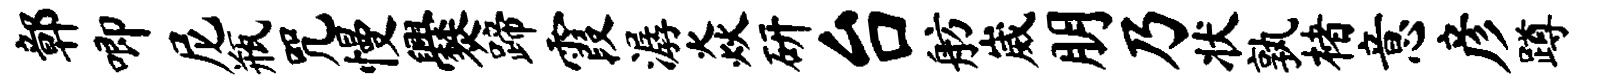
鄣唧尼瓶咒慢爨蹄霞潺焱研台舫崴朋乃状孰楮意彦蹲